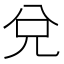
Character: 兌